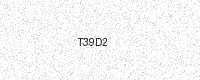
Text: T39D2